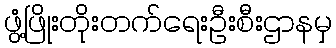
ဖွံ့ဖြိုးတိုးတက်ရေးဦးစီးဌာနမှ